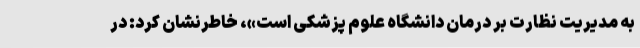
به مدیریت نظارت بر درمان دانشگاه علوم پزشکی است»، خاطرنشان کرد: در